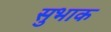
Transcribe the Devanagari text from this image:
सुभाक